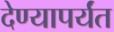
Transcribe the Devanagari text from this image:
देण्यापर्यंत